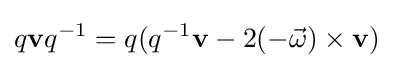
q\mathbf {v} q^{-1}=q(q^{-1}\mathbf {v} -2(-{\vec {\omega }})\times \mathbf {v} )